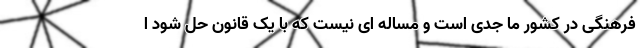
فرهنگی در کشور ما جدی است و مساله ای نیست که با یک قانون حل شود ا